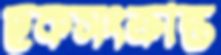
ছকসংক্রান্ত